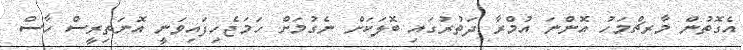
އެގޮތުން މާރޗްމަހު އޮންނަ އުމްރާ ދަތުރުގައި ބޮލަކަށް ނެގުމަށް ހަމަޖެހިފައިވަނީ އޮނަތިރީސް ހާސް